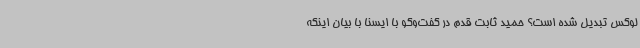
لوکس تبدیل شده است؟ حمید ثابت قدم در گفت‌وگو با ایسنا با بیان اینکه